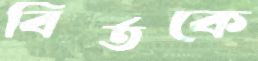
বির্তকে